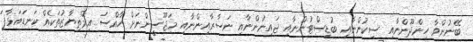
ބޭނުންވާ ހިންދޫންނާއި ސިކުންނާއި ބުޑިސްޓުންނާއި ޖައިނުންނާއި ނަސާރާއިންނާއި މަޖޫސީންނަށް ހާއްސަ އިމްތިޔާޒުތަކެއް ކަނޑައަޅާފަ